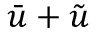
\boldsymbol { \bar { u } } + \boldsymbol { \tilde { u } }